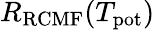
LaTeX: R_{\mathrm{RCMF}}(T_{\mathrm{pot}})